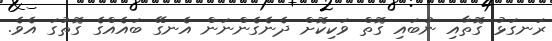
ރަނގަޅު ގޮތާއި ނުބައި ގޮތް ވަކިކޮށް ދެނެގެންނަން އެނގޭ ބައެއްގެ ގޮތުގަ އެވެ.